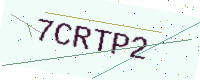
Text: 7CRTP2